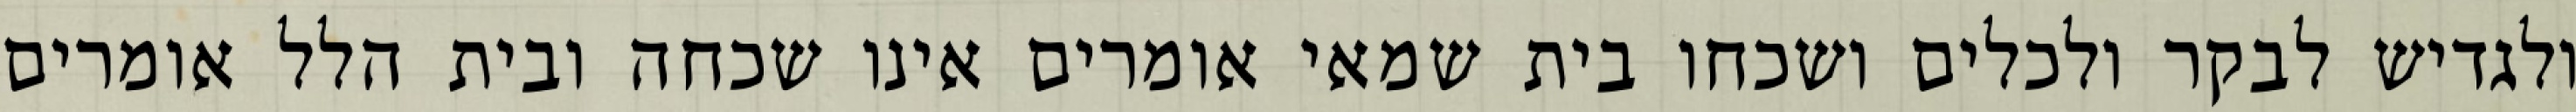
ולגדיש לבקר ולכלים ושכחו בית שמאי אומרים אינו שכחה ובית הלל אומרים